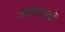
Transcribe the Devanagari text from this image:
अष्टधातुची